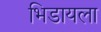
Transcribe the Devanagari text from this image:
भिडायला